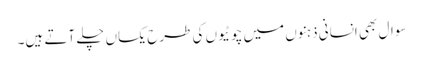
سوال بھی انسانی ذہنوں میں چوٹیوں کی طرح یکساں چلے آتے ہیں۔